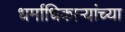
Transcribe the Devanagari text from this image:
धर्माधिकाऱ्यांच्या